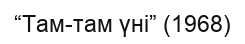
“Там-там үні” (1968)